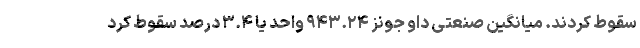
سقوط کردند. میانگین صنعتی داو جونز ۹۴۳.۲۴ واحد یا ۳.۴ درصد سقوط کرد